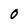
Character: O